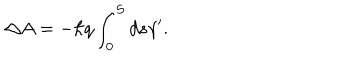
\triangle A = - \hbar q \int _ { 0 } ^ { S } d s \gamma ^ { \prime } .